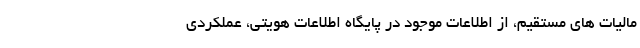
مالیات های مستقیم، از اطلاعات موجود در پایگاه اطلاعات هویتی، عملکردی